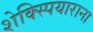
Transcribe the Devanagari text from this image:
शेक्स्पियाराना